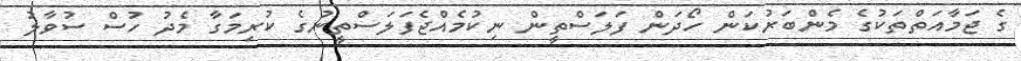
ގެ ޖަމާއަތްތަކުގެ މެންބަރުކަން ހޯދަން ފަލަސްތީން ނިކުމެއްޖެފަލަސްތީނުގެ ކުރިމަގާ މެދު ހުސް ސުވާލު